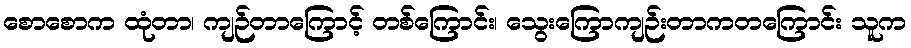
စောစောက ထုံတာ၊ ကျဉ်တာကြောင့် တစ်ကြောင်း၊ သွေးကြောကျဉ်းတာကတကြောင်း သူက